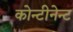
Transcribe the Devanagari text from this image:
कोन्टीनेन्ट